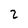
Character: 2